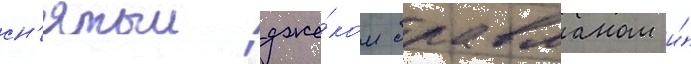
сн'ятыи дже́ком бравманом и́